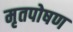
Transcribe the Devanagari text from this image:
मृतपोषण